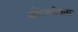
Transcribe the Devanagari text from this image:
परिहाणीयता